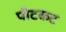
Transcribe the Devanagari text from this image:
पौटकट